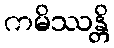
ကမိဿန္တိ